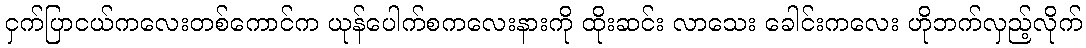
ငှက်ပြာငယ်ကလေးတစ်ကောင်က ယုန်ပေါက်စကလေးနားကို ထိုးဆင်း လာသေး ခေါင်းကလေး ဟိုဘက်လှည့်လိုက်